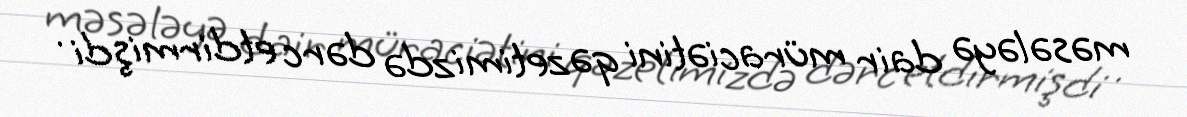
məsələyə dair müraciətini qəzetimizdə dərc etdirmişdi .